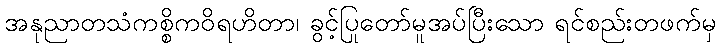
အနုညာတသံကစ္စိကဝိရဟိတာ၊ ခွင့်ပြုတော်မူအပ်ပြီးသော ရင်စည်းတဖက်မှ